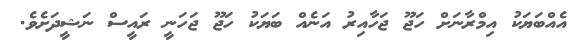
އެއްބަޔަކު އިމްރާނަށް ހަޖޫ ޖަހާއިރު އަނެއް ބަޔަކު ހަޖޫ ޖަހަނީ ރައީސް ނަޝީދަށެވެ.